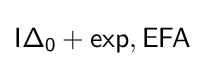
{\mathsf {I\Delta _{0}+exp}},{\mathsf {EFA}}